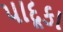
પાદૂકા